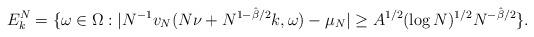
LaTeX: \begin{align*} E_{k}^N = \{ \omega \in \Omega: |N^{-1}v_N(N\nu+N^{1-\hat{\beta}/2} k,\omega)-\mu_N| \geq A^{1/2}(\log N)^{1/2}N^{-\hat{\beta}/2}\}. \end{align*}